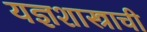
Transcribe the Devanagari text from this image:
यज्ञशास्त्राची